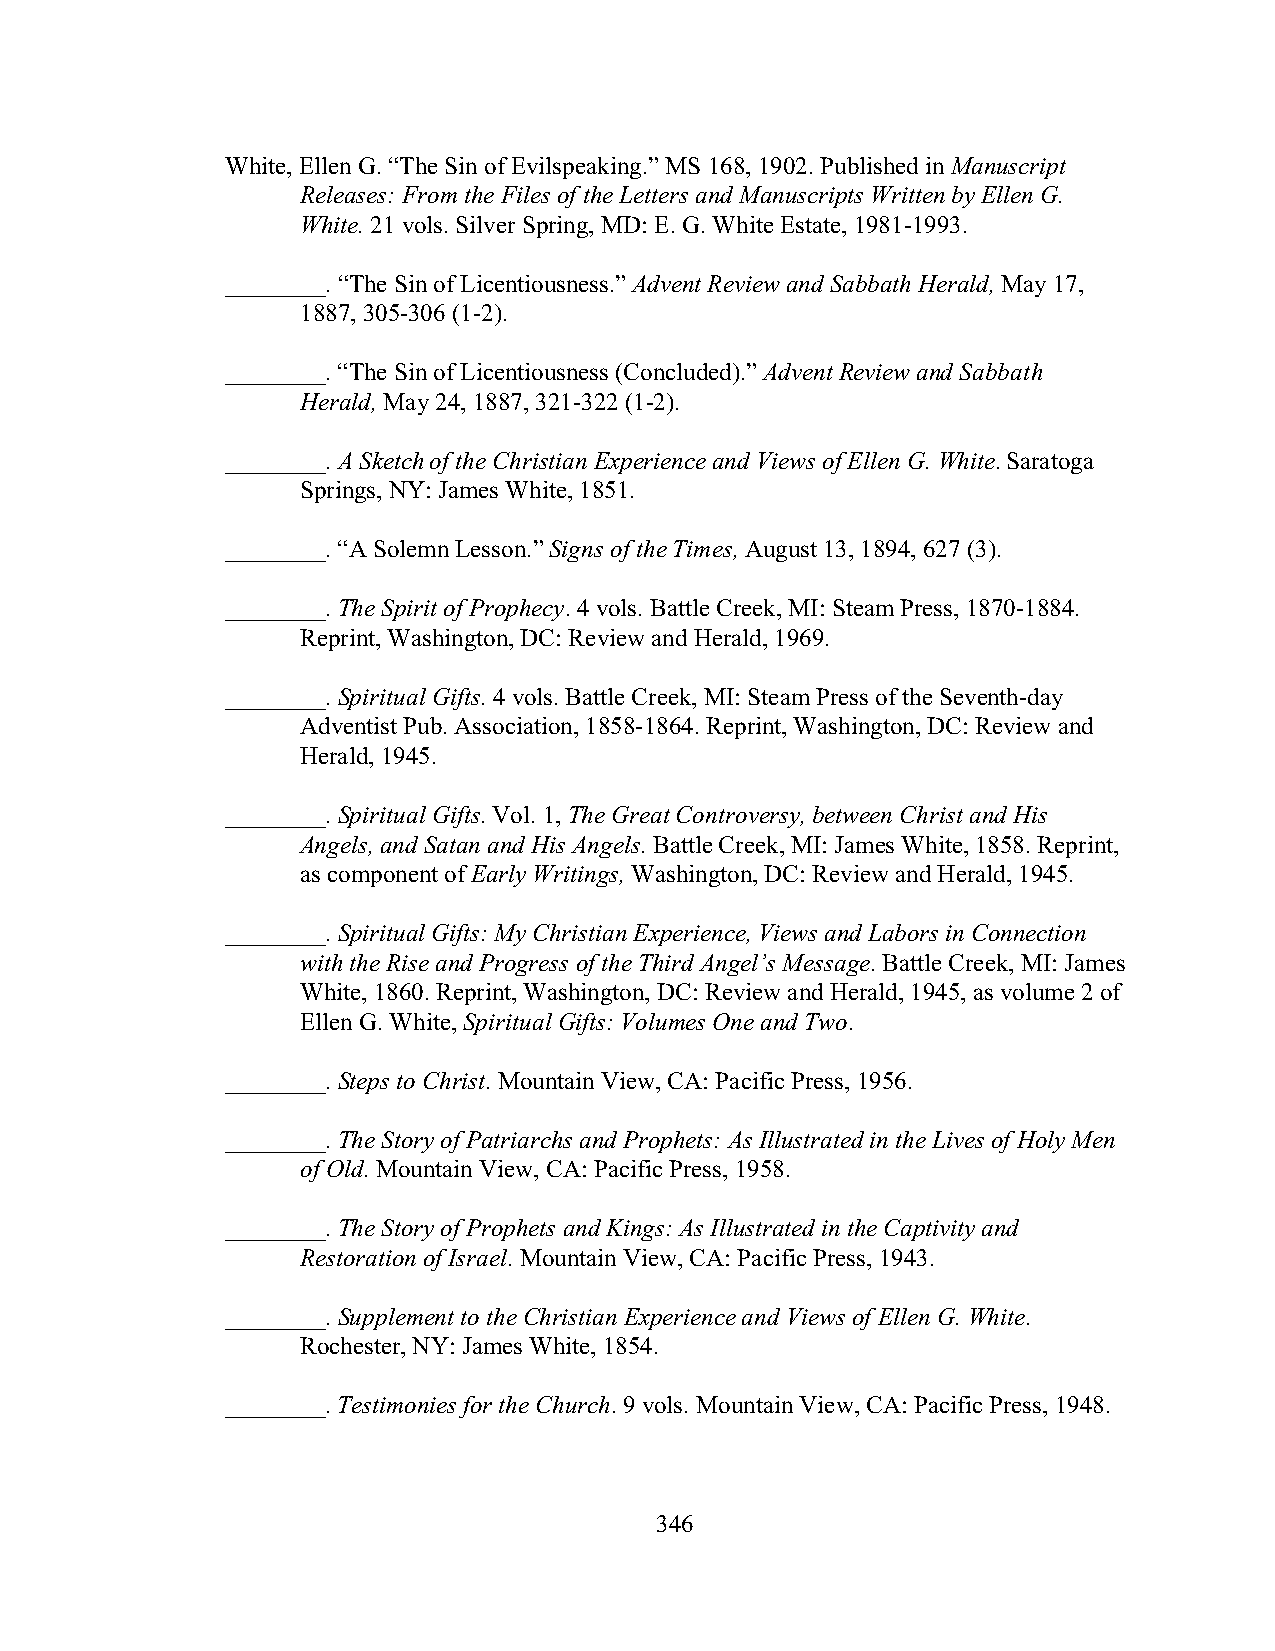
White, Ellen G. “The Sin of Evilspeaking.” MS 168, 1902. Published in Manuscript
 Releases: From the Files of the Letters and Manuscripts Written by Ellen G.
 White. 21 vols. Silver Spring, MD: E. G. White Estate, 1981-1993.
 ________. “The Sin of Licentiousness.” Advent Review and Sabbath Herald, May 17,
 1887, 305-306 (1-2).
 ________. “The Sin of Licentiousness (Concluded).” Advent Review and Sabbath
 Herald, May 24, 1887, 321-322 (1-2).
 ________. A Sketch of the Christian Experience and Views of Ellen G. White. Saratoga
 Springs, NY: James White, 1851.
 ________. “A Solemn Lesson.” Signs of the Times, August 13, 1894, 627 (3).
 ________. The Spirit of Prophecy. 4 vols. Battle Creek, MI: Steam Press, 1870-1884.
 Reprint, Washington, DC: Review and Herald, 1969.
 ________. Spiritual Gifts. 4 vols. Battle Creek, MI: Steam Press of the Seventh-day
 Adventist Pub. Association, 1858-1864. Reprint, Washington, DC: Review and
 Herald, 1945.
 ________. Spiritual Gifts. Vol. 1, The Great Controversy, between Christ and His
 Angels, and Satan and His Angels. Battle Creek, MI: James White, 1858. Reprint,
 as component of Early Writings, Washington, DC: Review and Herald, 1945.
 ________. Spiritual Gifts: My Christian Experience, Views and Labors in Connection
 with the Rise and Progress of the Third Angel’s Message. Battle Creek, MI: James
 White, 1860. Reprint, Washington, DC: Review and Herald, 1945, as volume 2 of
 Ellen G. White, Spiritual Gifts: Volumes One and Two.
 ________. Steps to Christ. Mountain View, CA: Pacific Press, 1956.
 ________. The Story of Patriarchs and Prophets: As Illustrated in the Lives of Holy Men
 of Old. Mountain View, CA: Pacific Press, 1958.
 ________. The Story of Prophets and Kings: As Illustrated in the Captivity and
 Restoration of Israel. Mountain View, CA: Pacific Press, 1943.
 ________. Supplement to the Christian Experience and Views of Ellen G. White.
 Rochester, NY: James White, 1854.
 ________. Testimonies for the Church. 9 vols. Mountain View, CA: Pacific Press, 1948.
 346